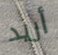
أريد